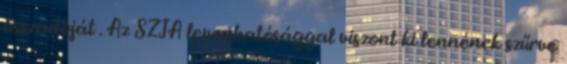
összadóját . Az SZJA levonhatósággal viszont ki lennének szűrve